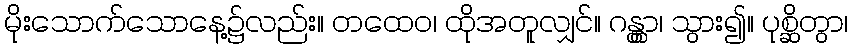
မိုးသောက်သောနေ့၌လည်း။ တထေဝ၊ ထိုအတူလျှင်။ ဂန္တွာ၊ သွား၍။ ပုစ္ဆိတွာ၊